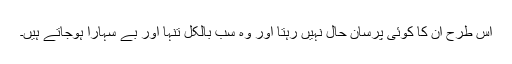
اس طرح ان کا کوئی پرسانِ حال نہیں رہتا اور وہ سب بالکل تنہا اور بے سہارا ہوجاتے ہیں۔